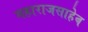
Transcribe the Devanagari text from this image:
महाराजसाहेब